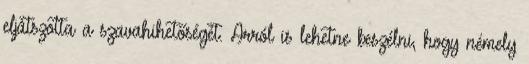
eljátszotta a szavahihetőségét. Arról is lehetne beszélni, hogy némely